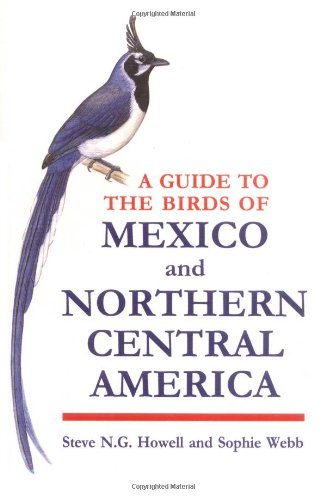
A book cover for A Guide to the Birds of Mexico and Northern Central America; Steve N.G. Howell; Science & Math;